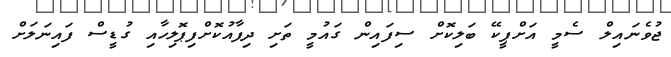
ޖުވެނައިލް ސެމީ އަށްޕީކޭ ބަލިކޮށް ސިފައިން ގައުމީ ތަށި ދިފާއުކޮށްފިޕޮލިހާއި ގުޑީސް ފައިނަލަށް